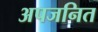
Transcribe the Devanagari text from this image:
अपजनित